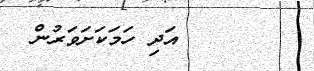
١١       އަދި ހަމަކަށަވަރުން